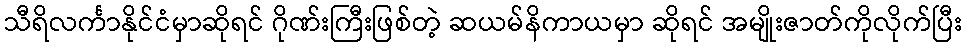
သီရိလင်္ကာနိုင်ငံမှာဆိုရင် ဂိုဏ်းကြီးဖြစ်တဲ့ ဆယမ်နိကာယမှာ ဆိုရင် အမျိုးဇာတ်ကိုလိုက်ပြီး